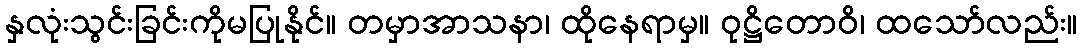
နှလုံးသွင်းခြင်းကိုမပြုနိုင်။ တမှာအာသနာ၊ ထိုနေရာမှ။ ဝုဋ္ဌိတောဝိ၊ ထသော်လည်း။